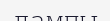
лампы